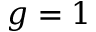
g = 1